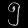
Digit: ၅